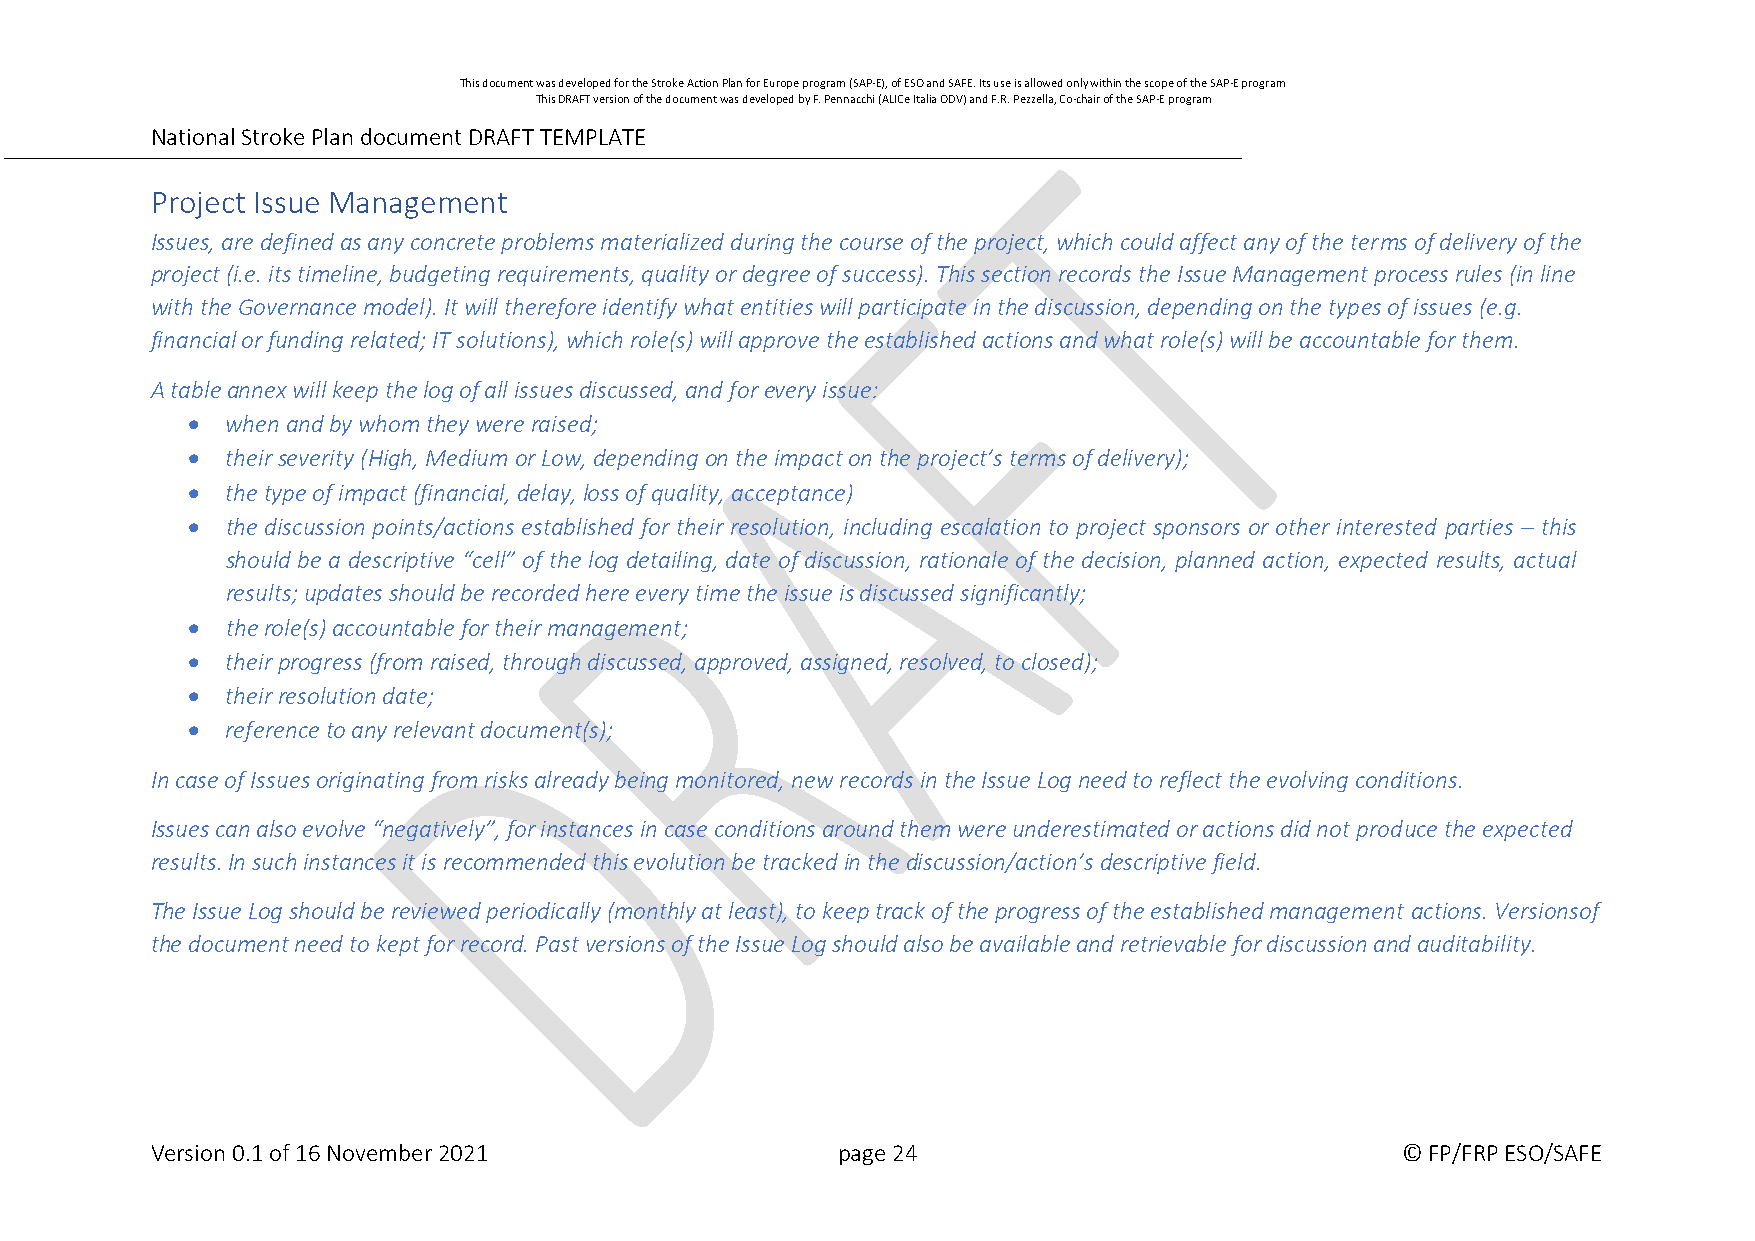
This document was developed for the Stroke Action Plan for Europe program (SAP-E), of ESO and SAFE. Its use is allowed only within the scope of the SAP-E program
 This DRAFT version of the document was developed by F. Pennacchi (ALICe Italia ODV) and F.R. Pezzella, Co-chair of the SAP-E program
 National Stroke Plan document DRAFT TEMPLATE
 Project Issue Management
 Issues, are defined as any concrete problems materialized during the course of the project, which could affect any of the terms of delivery of the
 project (i.e. its timeline, budgeting requirements, quality or degree of success). This section records the Issue Management process rules (in line
 with the Governance model). It will therefore identify what entities will participate in the discussion, depending on the types of issues (e.g.
 financial or funding related; IT solutions), which role(s) will approve the established actions and what role(s) will be accountable for them.
 A table annex will keep the log of all issues discussed, and for every issue:
   when and by whom they were raised;
   their severity (High, Medium or Low, depending on the impact on the project’s terms of delivery);
   the type of impact (financial, delay, loss of quality, acceptance)
   the discussion points/actions established for their resolution, including escalation to project sponsors or other interested parties – this
 should be a descriptive “cell” of the log detailing, date of discussion, rationale of the decision, planned action, expected results, actual
 results; updates should be recorded here every time the issue is discussed significantly;
   the role(s) accountable for their management;
   their progress (from raised, through discussed, approved, assigned, resolved, to closed);
   their resolution date;
   reference to any relevant document(s);
 In case of Issues originating from risks already being monitored, new records in the Issue Log need to reflect the evolving conditions.
 Issues can also evolve “negatively”, for instances in case conditions around them were underestimated or actions did not produce the expected
 results. In such instances it is recommended this evolution be tracked in the discussion/action’s descriptive field.
 The Issue Log should be reviewed periodically (monthly at least), to keep track of the progress of the established management actions. Versions of
 the document need to kept for record. Past versions of the Issue Log should also be available and retrievable for discussion and auditability.
 Version 0.1 of 16 November 2021              page 24                               © FP/FRP ESO/SAFE